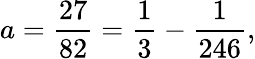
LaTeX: a={\frac{27}{82}}={\frac{1}{3}}-{\frac{1}{246}},